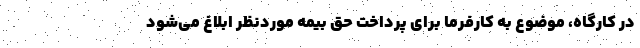
در کارگاه، موضوع به کارفرما برای پرداخت حق بیمه موردنظر ابلاغ می‌شود